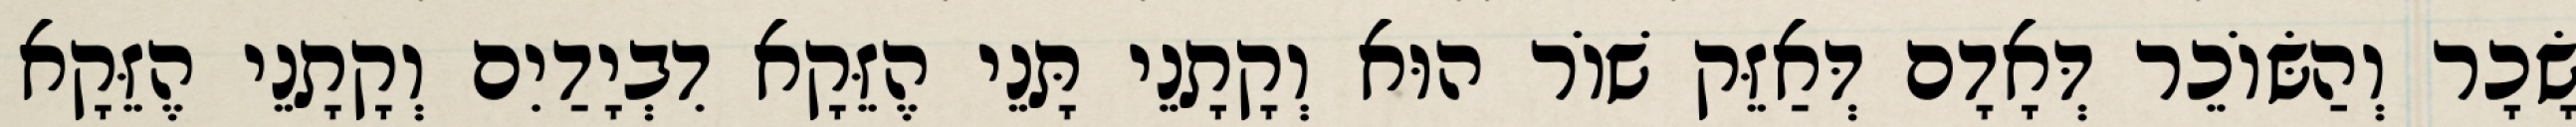
שָׂכָר וְהַשּׂוֹכֵר דְּאָדָם דְּאַזֵּק שׁוֹר הוּא וְקָתָנֵי תָּנֵי הֶזֵּקָא דִבְיָדַיִם וְקָתָנֵי הֶזֵּקָא